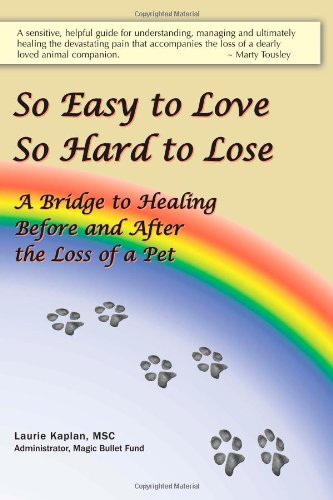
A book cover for So Easy to Love, So Hard to Lose: A Bridge to Healing Before and After the Loss of a Pet; Laurie Kaplan; Crafts, Hobbies & Home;